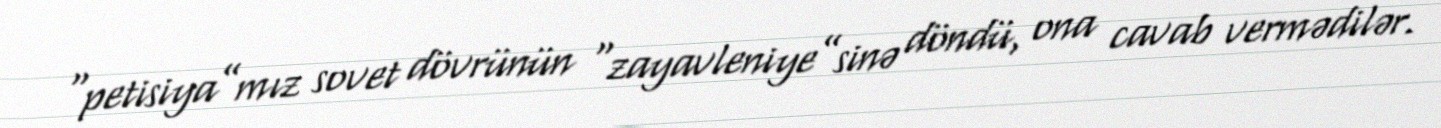
“petisiya”mız sovet dövrünün “zayavleniye”sinə döndü, ona cavab vermədilər.